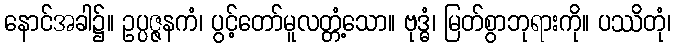
နောင်အခါ၌။ ဥပ္ပဇ္ဇနကံ၊ ပွင့်တော်မူလတ္တံ့သော။ ဗုဒ္ဓံ၊ မြတ်စွာဘုရားကို။ ပဿိတုံ၊